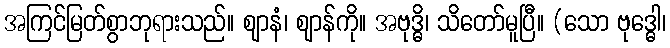
အကြင်မြတ်စွာဘုရားသည်။ ဈာနံ၊ ဈာန်ကို။ အဗုဒ္ဓိ၊ သိတော်မူပြီ။ (သော ဗုဒ္ဓေါ၊